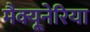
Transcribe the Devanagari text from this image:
मैक्यूनेरिया